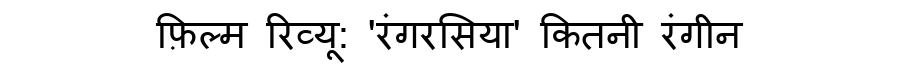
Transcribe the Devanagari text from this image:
फ़िल्म रिव्यू: 'रंगरसिया' कितनी रंगीन